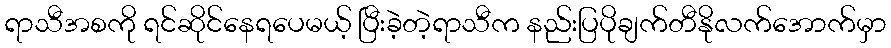
ရာသီအစကို ရင်ဆိုင်နေရပေမယ့် ပြီးခဲ့တဲ့ရာသီက နည်းပြပိုချက်တီနိုလက်အောက်မှာ